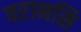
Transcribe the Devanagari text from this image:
वरानसि